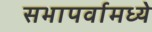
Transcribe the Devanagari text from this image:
सभापर्वामध्ये